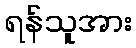
ရန်သူအား